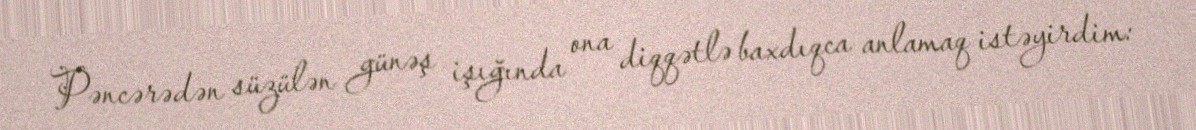
Pəncərədən süzülən günəş işığında ona diqqətlə baxdıqca anlamaq istəyirdim: